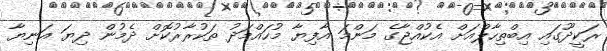
ރަކީދޫގައި އިބްތިހާލްއަށް އެކުއްޖާގެ މަންމަ އާފިޔާ މުހައްމަދު ތަކުރާރުކޮށް ދެމުން ދިޔަ އަނިޔާ